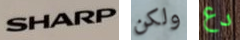
SHARP ولكن دع